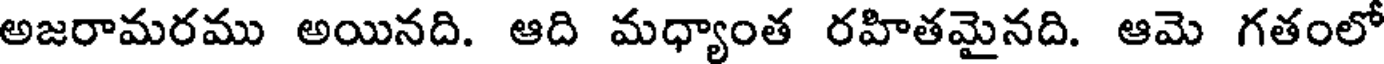
అజరామరము అయినది. ఆది మధ్యాంత రహితమైనది. ఆమె గతంలో